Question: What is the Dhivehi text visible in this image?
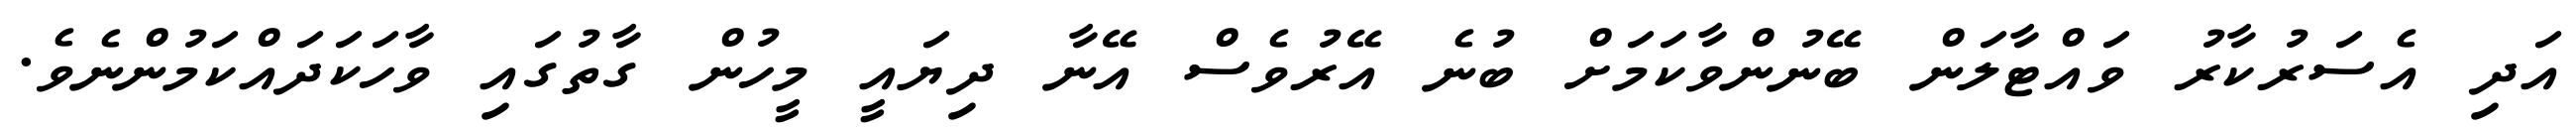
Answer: އަދި އެސަރުކާރު ވައްޓާލަން ބޭނުންވާކަމަށް ބުނެ އޭރުވެސް އޭނާ ދިޔައީ މީހުން ގާތުގައި ވާހަކަދައްކަމުންނެވެ.